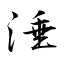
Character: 涶